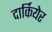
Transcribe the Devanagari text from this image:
दार्कियेर